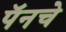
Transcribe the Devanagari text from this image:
पॅनचे